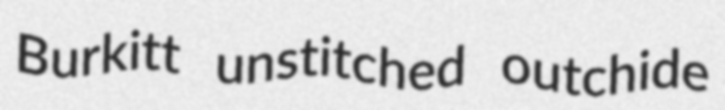
Burkitt unstitched outchide